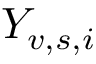
Y _ { v , s , i }